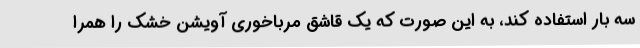
سه بار استفاده کند، به این صورت که یک قاشق مرباخوری آویشن خشک را همرا